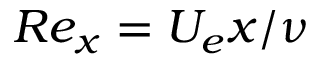
R e _ { x } = U _ { e } x / \nu